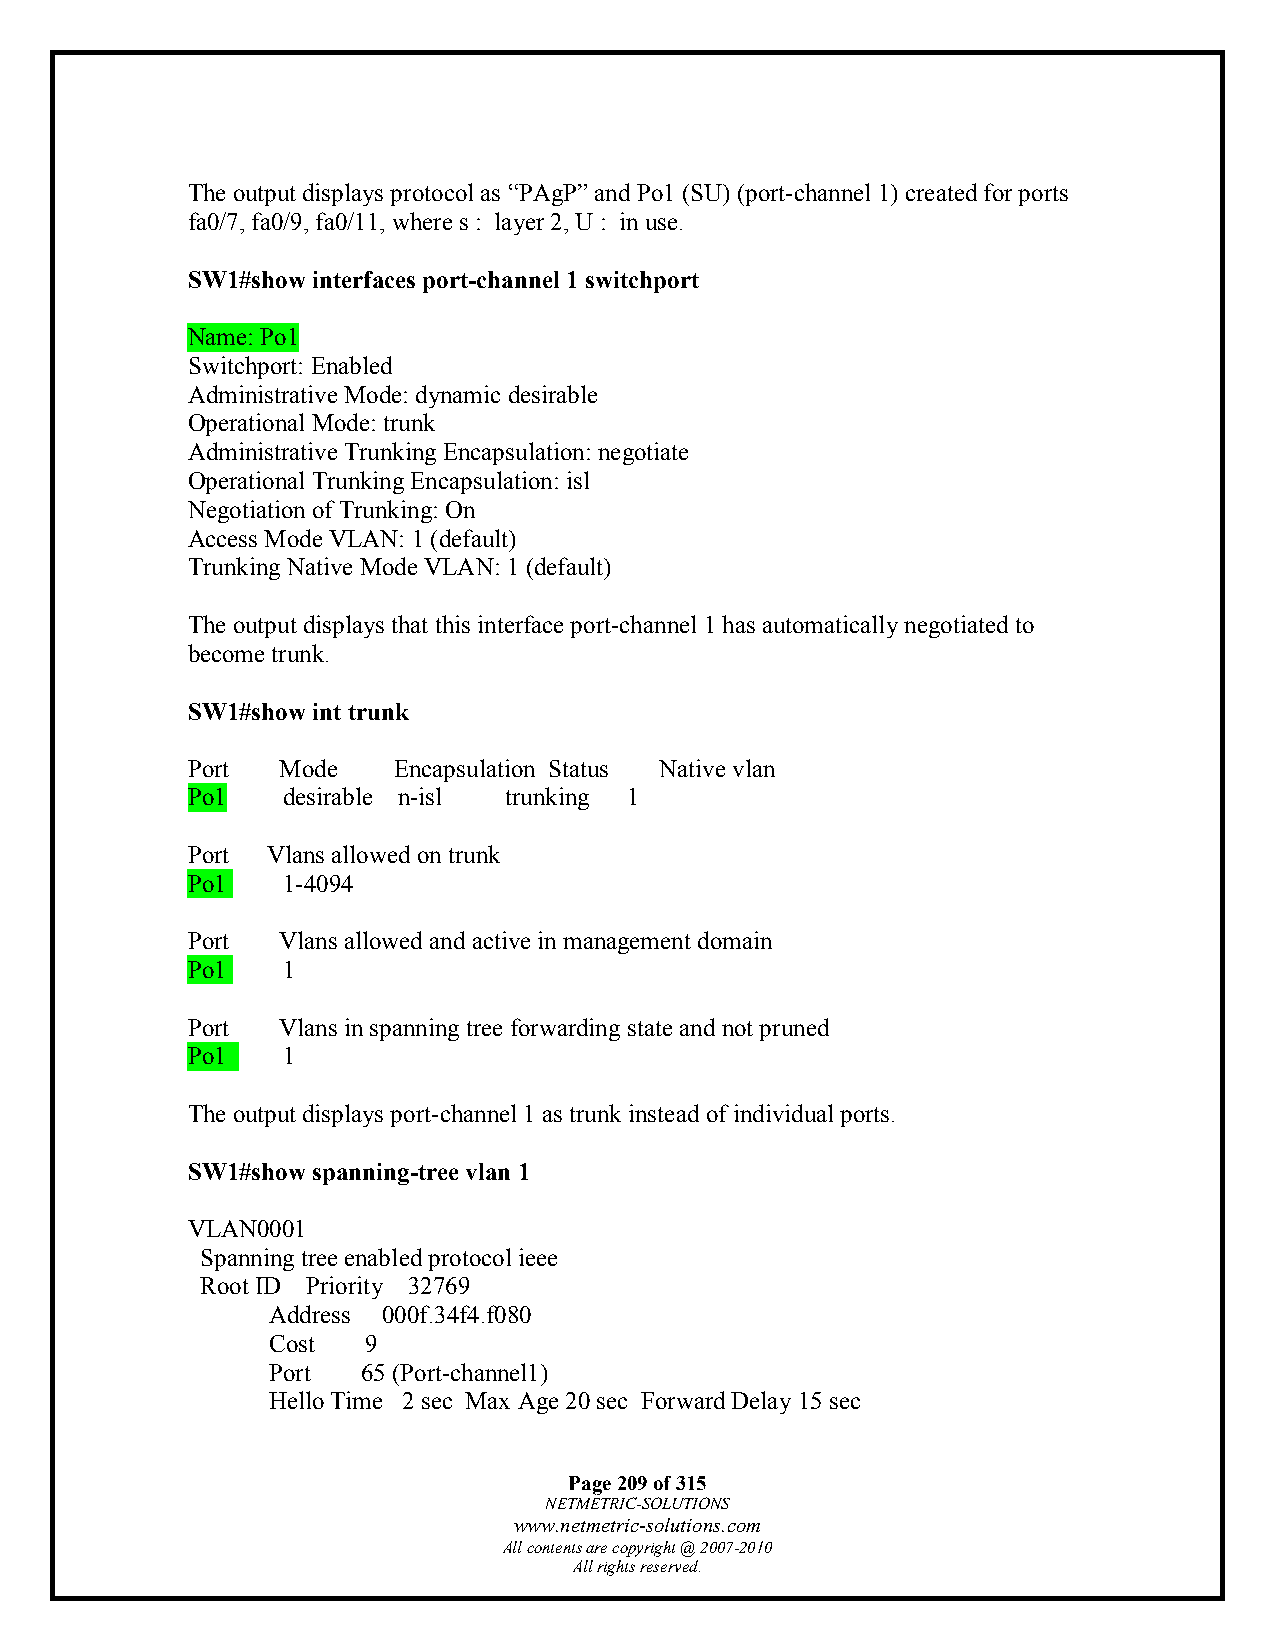
The output displays protocol as “PAgP” and Po1 (SU) (port-channel 1) created for ports
 fa0/7, fa0/9, fa0/11, where s : layer 2, U : in use.
 SW1#show interfaces port-channel 1 switchport
 Name: Po1
 Switchport: Enabled
 Administrative Mode: dynamic desirable
 Operational Mode: trunk
 Administrative Trunking Encapsulation: negotiate
 Operational Trunking Encapsulation: isl
 Negotiation of Trunking: On
 Access Mode VLAN: 1 (default)
 Trunking Native Mode VLAN: 1 (default)
 The output displays that this interface port-channel 1 has automatically negotiated to
 become trunk.
 SW1#show int trunk
 Port  Mode    Encapsulation Status Native vlan
 Po1    desirable n-isl trunking 1
 Port  Vlans allowed on trunk
 Po1    1-4094
 Port  Vlans allowed and active in management domain
 Po1    1
 Port  Vlans in spanning tree forwarding state and not pruned
 Po1    1
 The output displays port-channel 1 as trunk instead of individual ports.
 SW1#show spanning-tree vlan 1
 VLAN0001
 Spanning tree enabled protocol ieee
 Root ID Priority 32769
 Address 000f.34f4.f080
 Cost  9
 Port  65 (Port-channel1)
 Hello Time 2 sec Max Age 20 sec Forward Delay 15 sec
 Page 209 of 315
 NETMETRIC-SOLUTIONS
 www.netmetric-solutions.com
 All contents are copyright @ 2007-2010
 All rights reserved.